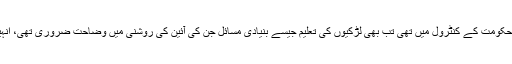
نئے جمہوری مرحلہ میں جب تحریک طالبان تقریباََ پوری طرح حکومت کے کنٹرول میں تھی تب بھی لڑکیوں کی تعلیم جیسے بنیادی مسائل جن کی آئین کی روشنی میں وضاحت ضروری تھی، انہیں یا تو مکمل نظرانداز کیا گیا یا پھر مطلوب توجہ نہیں دی گئی۔